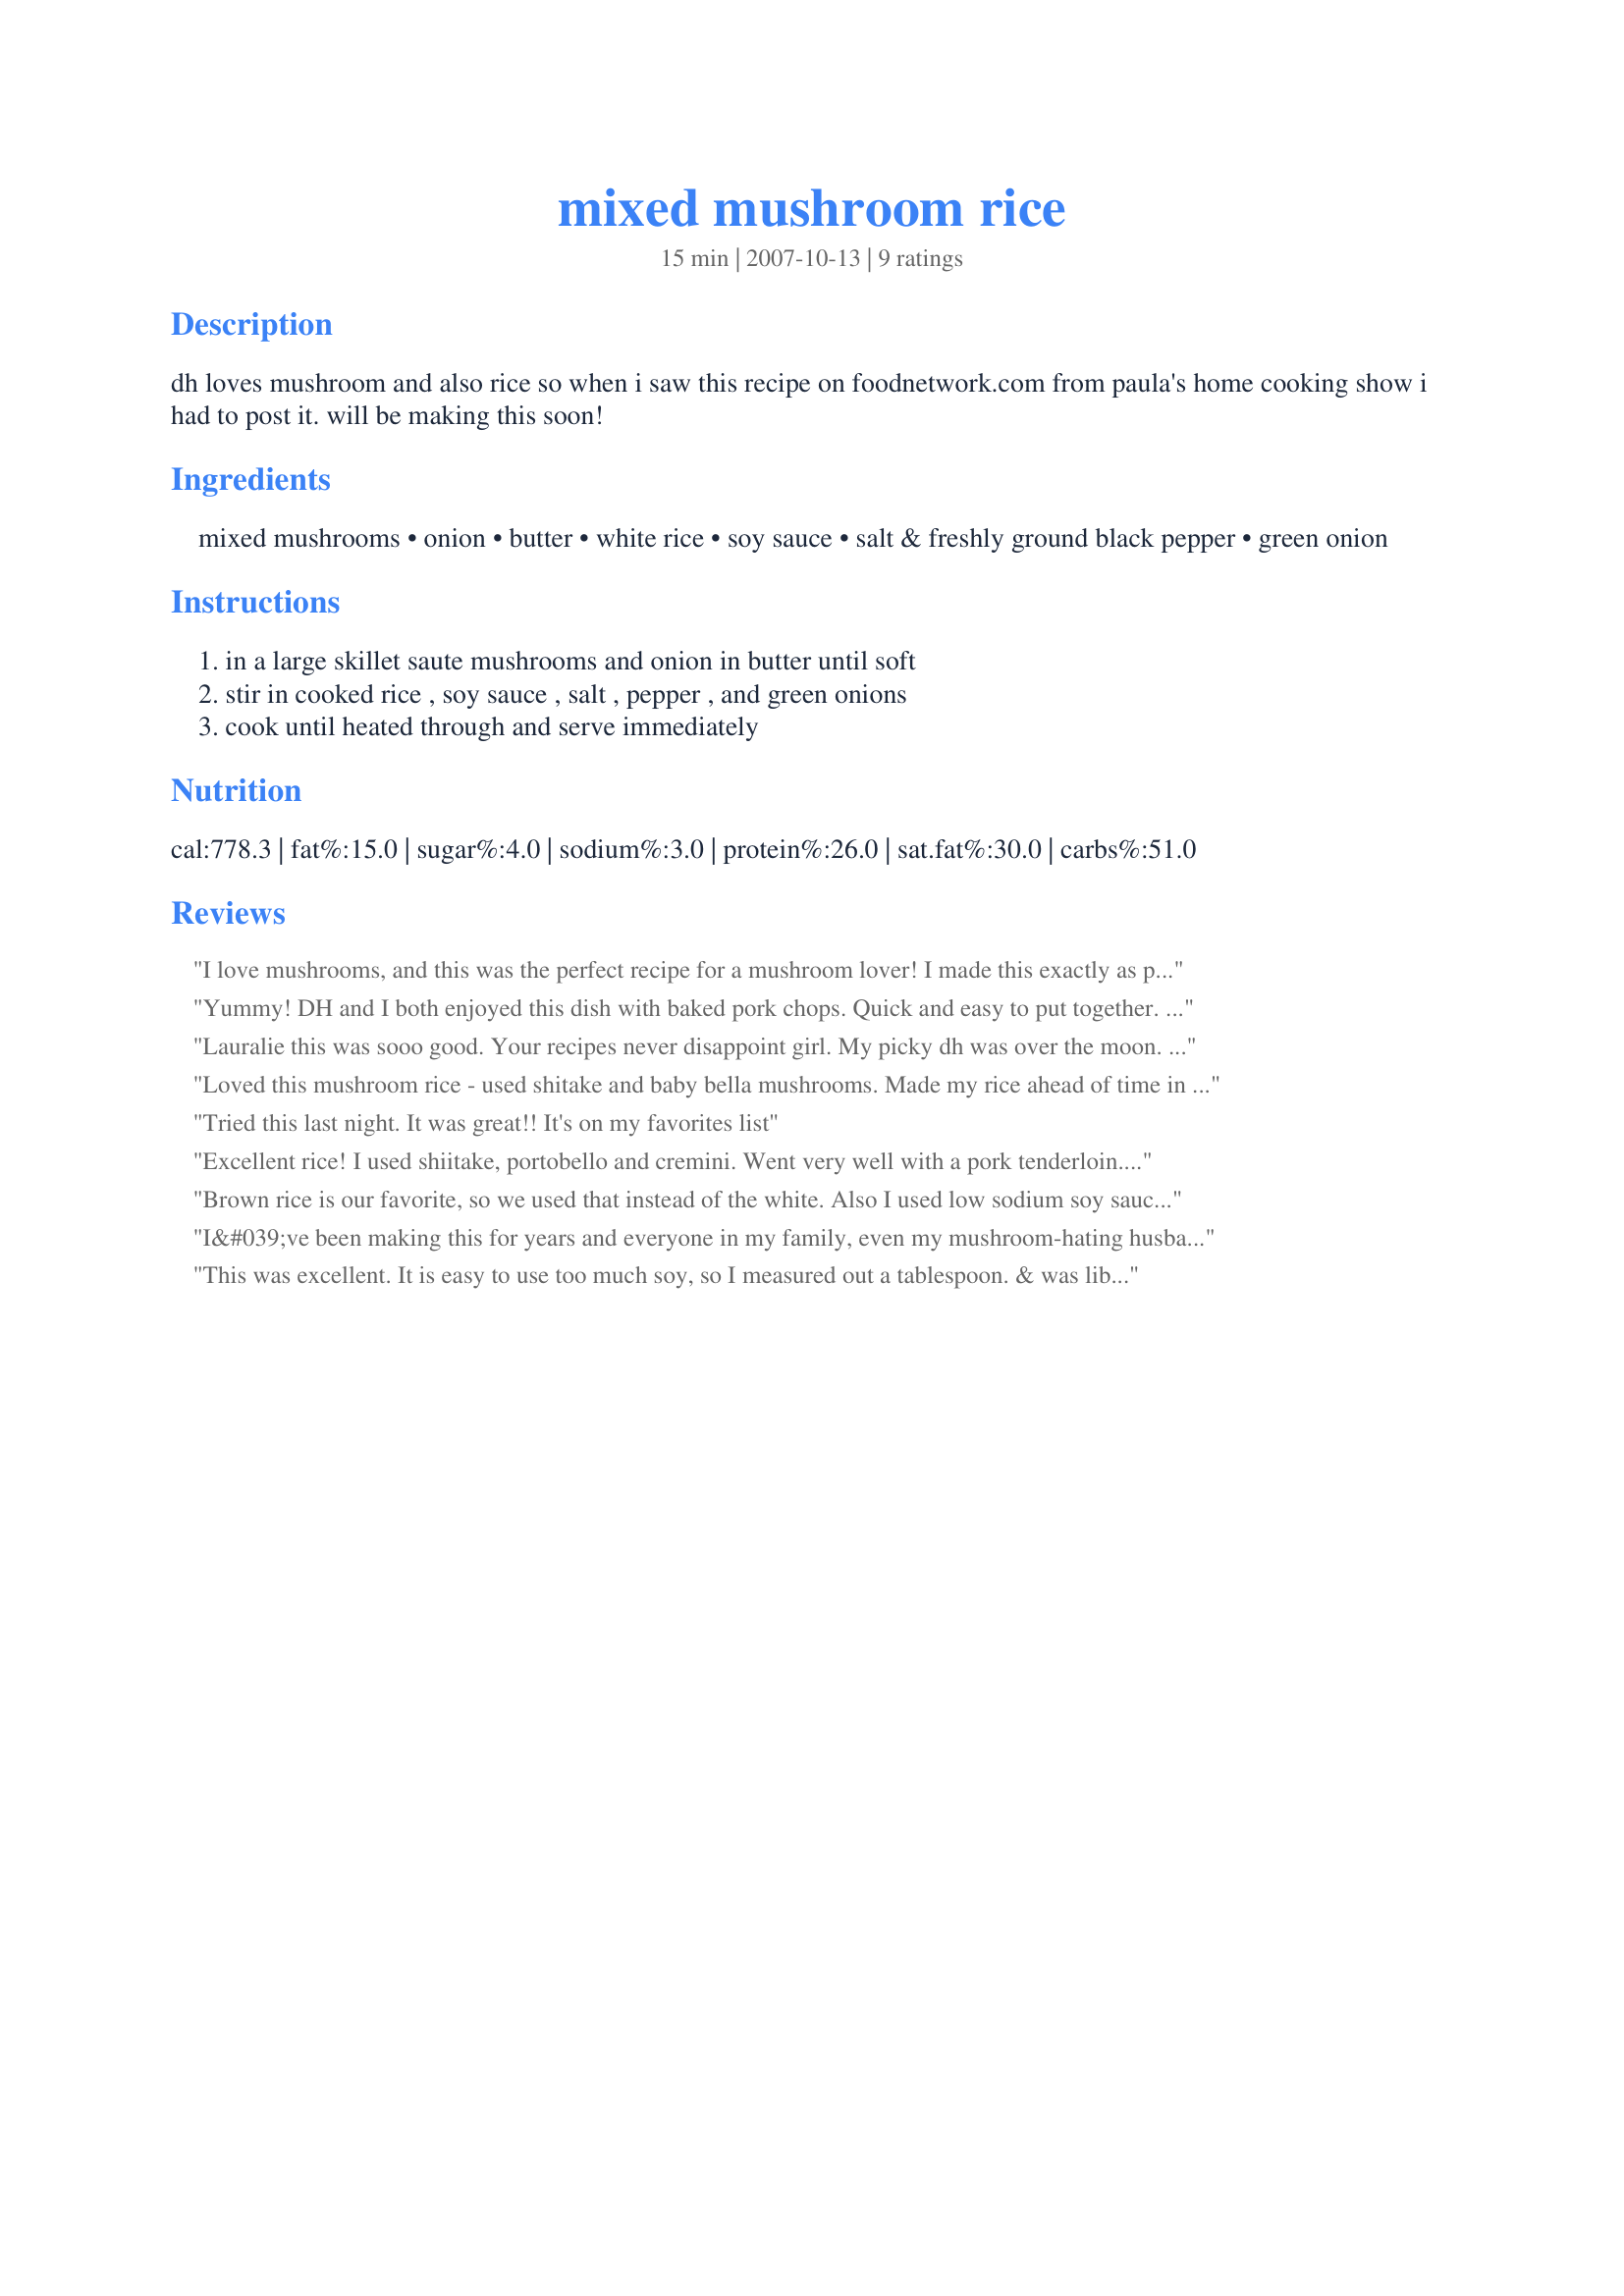
mixed mushroom rice
Preparation time: 15 minutes

dh loves mushroom and also rice so when i saw this recipe on foodnetwork.com from paula's home cooking show i had to post it. will be making this soon!

Ingredients:
mixed mushrooms, onion, butter, white rice, soy sauce, salt & freshly ground black pepper, green onion

Steps:
in a large skillet saute mushrooms and onion in butter until soft, stir in cooked rice , soy sauce , salt , pepper , and green onions, cook until heated through and serve immediately

Reviews:
I love mushrooms, and this was the perfect recipe for a mushroom lover! I made this exactly as posted, using cremini, oyster, and shitake mushrooms. I added some low-sodium soy sauce first, then added salt in tiny increments until it was seasoned to my liking. Very easy to make and very delicious. Made for Culinary Quest 2014.
Yummy! DH and I both enjoyed this dish with baked pork chops. Quick and easy to put together. I think the same amount of chopped yellow onion would work equally well in this dish. Next time I may add some cooked chicken or fresh tofu and make it a complete meal. Thanks Lor! Made for KK's Recipe Tag.
Lauralie this was sooo good. Your recipes never disappoint girl. My picky dh was over the moon. He absolutely loved the flavors and textures in this rice. It was quick and easy to make with great results. I used cremi & lobster muchrooms. What a treat. I can't wait to have this again. Thank you so much for sharing your lovely recipe. Into my keeper box this goes :)
Loved this mushroom rice - used shitake and baby bella mushrooms. Made my rice ahead of time in my rice cooker and halved the recipe. A really easy way to jazz up rice. Nancy : )
Tried this last night. It was great!! It's on my favorites list
Excellent rice! I used shiitake, portobello and cremini. Went very well with a pork tenderloin. I cooked my rice in chicken broth for extra flavor. This is easy and quick. Made for Spring 2010 PAC.
Brown rice is our favorite, so we used that instead of the white. Also I used low sodium soy sauce. Great rice! Tony
I&#039;ve been making this for years and everyone in my family, even my mushroom-hating husband, loves it. I use a mix of button mushrooms and others (shitake, crimimi, oyster, etc.) Also, rather than bothering with regular soy sauce, I use Bragg&#039;s Aminos to make it healthier. I leave out the green onions as I find that they do not enhance the flavor.
This was excellent. It is easy to use too much soy, so I measured out a tablespoon. & was liberal with the mushroom allotment. I served this with #258852. it was a perfect combination.
